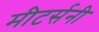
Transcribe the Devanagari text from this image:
मीटर्सनी